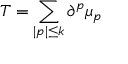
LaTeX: T = \sum _ { | p | \leq k } \partial ^ { p } \mu _ { p }